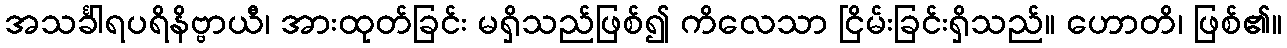
အသင်္ခါရပရိနိဗ္ဗာယီ၊ အားထုတ်ခြင်း မရှိသည်ဖြစ်၍ ကိလေသာ ငြိမ်းခြင်းရှိသည်။ ဟောတိ၊ ဖြစ်၏။